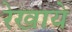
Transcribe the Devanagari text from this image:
रेखाये